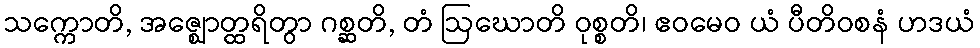
သက္ကောတိ, အဇ္ဈောတ္ထရိတွာ ဂစ္ဆတိ, တံ ဩဃောတိ ဝုစ္စတိ၊ ဧဝမေဝ ယံ ပီတိဝစနံ ဟဒယံ